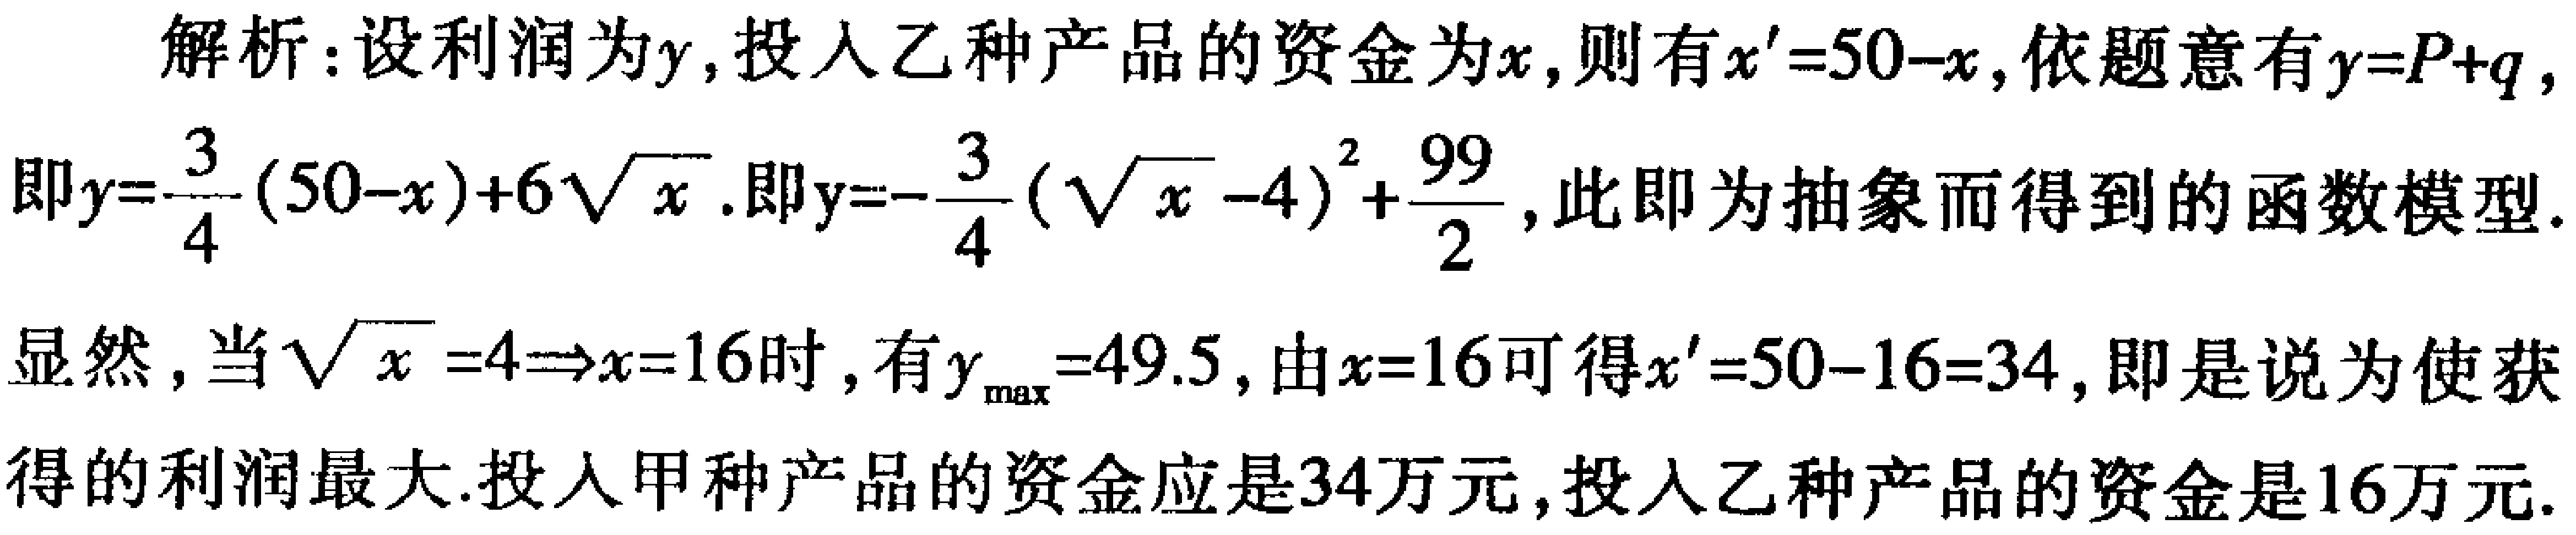
解析：设利润为\(y\)，投入乙种产品的资金为\(x\)，则有\(x' = 50 - x\)，依题意有\(y = P + q\)，即\(y=\frac{3}{4}(50 - x)+6\sqrt{x}\)。即\(y = -\frac{3}{4}(\sqrt{x} - 4)^2+\frac{99}{2}\)，此即为抽象而得到的函数模型。
显然，当\(\sqrt{x}=4\Rightarrow x = 16\)时，有\(y_{\max}=49.5\)，由\(x = 16\)可得\(x' = 50 - 16 = 34\)，即是说为使获得的利润最大.投入甲种产品的资金应是\(34\)万元，投入乙种产品的资金是\(16\)万元.